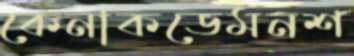
কেনাকডেমনশ